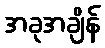
အခုအချိန်